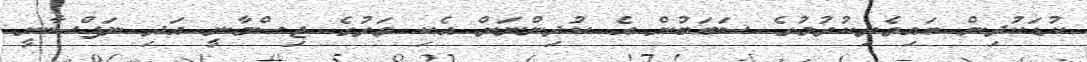
ކުޑަކުދިން ބައިވެރިކުރުމުގެ ސަބަބުން އެ ކުދިންނަށް އެކި ވަރުގެ ޖިސްމާނީ އަދި ނަފްސާނީ